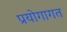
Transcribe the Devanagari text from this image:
प्रयोगागत